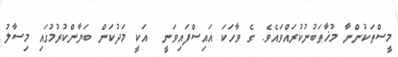
މީސްތަކުންނާ މުޚާޠަބުނުކުރައްވައެވެ. ގެ ވާހަކަ އައިސްފައިވަނީ  އަކީ މަދުކަން ބަޔާންކުރުމުގައި މިސާލު